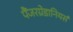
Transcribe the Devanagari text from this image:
पैंजरग्रेडानियर्स